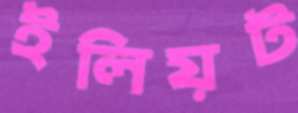
ইলিয়ট